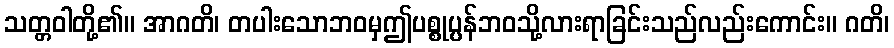
သတ္တဝါတို့၏။ အာဂတိ၊ တပါးသောဘဝမှဤပစ္စုပ္ပန်ဘဝသို့လားရာခြင်းသည်လည်းကောင်း။ ဂတိ၊